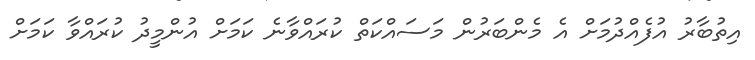
އިތުބާރު އުފެއްދުމަށް އެ މެންބަރުން މަސައްކަތް ކުރައްވާނެ ކަމަށް އުންމީދު ކުރައްވާ ކަމަށް